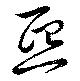
煕